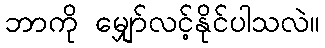
ဘာကို မျှော်လင့်နိုင်ပါသလဲ။